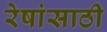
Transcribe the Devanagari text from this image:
रेषांसाठी